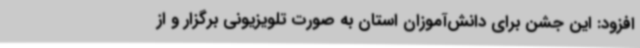
افزود: این جشن برای دانش‌آموزان استان به صورت تلویزیونی برگزار و از